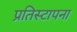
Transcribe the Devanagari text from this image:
प्रतिस्टापना